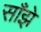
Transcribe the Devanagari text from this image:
साँझे